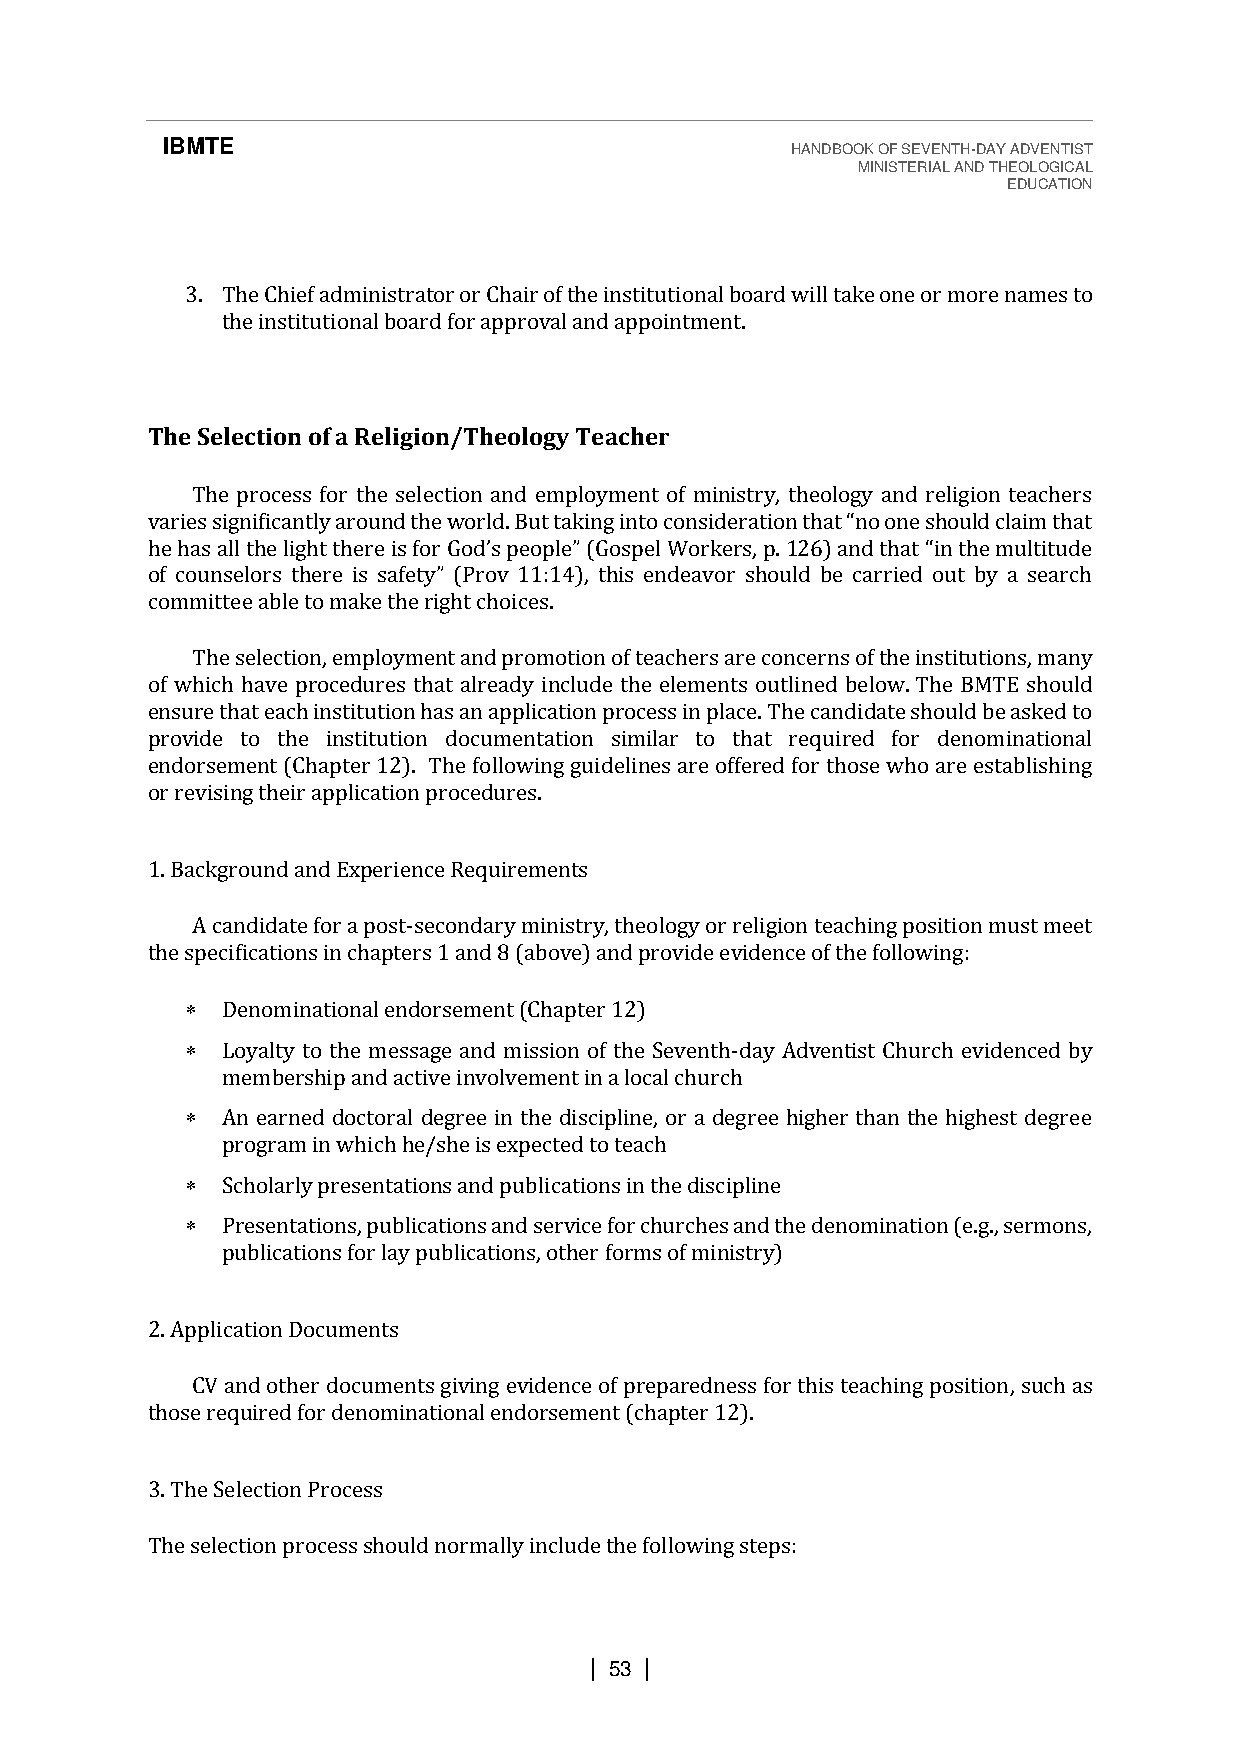
IBMTE                                    HANDBOOK OF SEVENTH-DAY ADVENTIST
 MINISTERIAL AND THEOLOGICAL
 EDUCATION
 3. The Chief administrator or Chair of the institutional board will take one or more names to
 the institutional board for approval and appointment.
 The Selection of a Religion/Theology Teacher
 The process for the selection and employment of ministry, theology and religion teachers
 p.
 varies significantly around the world. But taking into consideration that “no one should claim that
 choem hmasi tatlel et haeb lleig thot mthaekree tihs ef orrig Ghot dc’hso piceeosp. l e” (Gospel Workers, 126) and that “in the multitude
 of counselors there is safety” (Prov 11:14), this endeavor should be carried out by a search
 The selection, employment and promotion of teachers are concerns of the institutions, many
 of which have procedures that already include the elements outlined below. The BMTE should
 ensure that each institution has an application process in place. The candidate should be asked to
 provide to the institution documentation similar to that required for denominational
 endorsement (Chapter 12). The following guidelines are offered for those who are establishing
 or revising their application procedures.
 1. Background and Experience Requirements
 A candidate for a post-secondary ministry, theology or religion teaching position must meet
 the specifications in chapters 1 and 8 (above) and provide evidence of the following:
   Denominational endorsement (Chapter 12)
   Loyalty to the message and mission of the Seventh-day Adventist Church evidenced by
 membership and active involvement in a local church
   An earned doctoral degree in the discipline, or a degree higher than the highest degree
 program in which he/she is expected to teach
   Scholarly presentations and publications in the discipline
   Presentations, publications and service for churches and the denomination (e.g., sermons,
 publications for lay publications, other forms of ministry)
 2. Application Documents
 CV and other documents giving evidence of preparedness for this teaching position, such as
 those required for denominational endorsement (chapter 12).
 3. The Selection Process
 The selection process should normally include the following steps:
 | 53 |